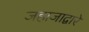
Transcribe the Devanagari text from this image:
जहाजाद्वारे